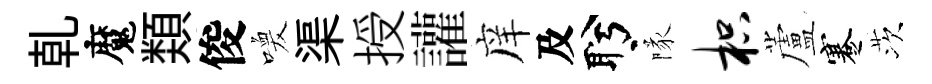
乹魔𩔖俊喚渠授讙庠及盻隊枳蘆蹇茨